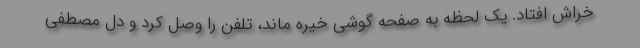
خراش افتاد. یک لحظه به صفحه گوشی خیره ماند، تلفن را وصل کرد و دل مصطفی